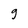
Character: 9